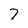
Character: 7